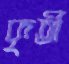
কৃর্তী